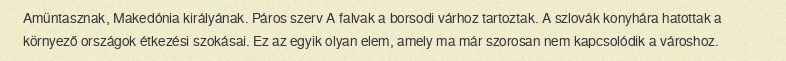
Amüntasznak, Makedónia királyának. Páros szerv A falvak a borsodi várhoz tartoztak. A szlovák konyhára hatottak a környező országok étkezési szokásai. Ez az egyik olyan elem, amely ma már szorosan nem kapcsolódik a városhoz.